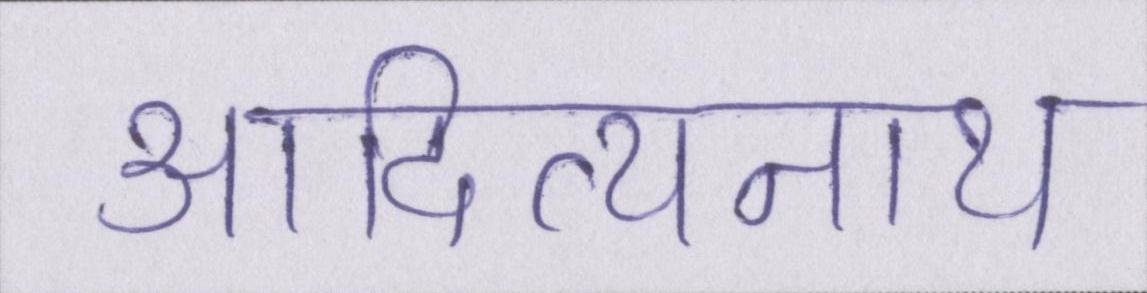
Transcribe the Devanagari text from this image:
आदित्यनाथ